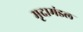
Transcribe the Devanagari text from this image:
मृदामंडल